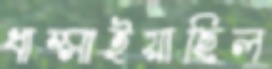
ধাম্‌সাইয়াছিল